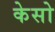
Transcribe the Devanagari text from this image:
केसो